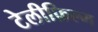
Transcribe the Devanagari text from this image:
टेलीफ़िल्म